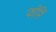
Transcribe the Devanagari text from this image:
फोर्नि